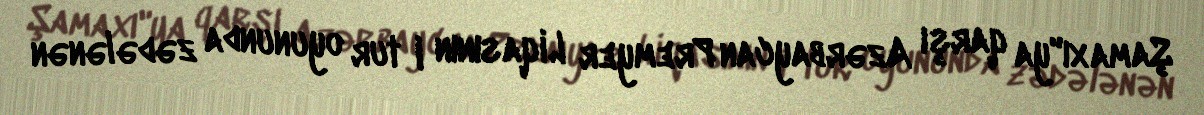
Şamaxı"ya qarşı Azərbaycan Premyer Liqasının I tur oyununda zədələnən